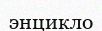
энцикло